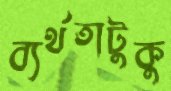
ব্যর্থতাটুকু